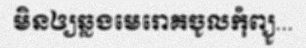
មិនឲ្យឆ្លងមេរោគចូលកុំព្យូ...